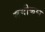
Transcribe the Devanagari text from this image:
समीकण